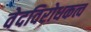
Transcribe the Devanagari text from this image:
वेदविरोधकत्व